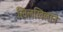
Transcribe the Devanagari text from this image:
खिलखिलाने